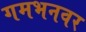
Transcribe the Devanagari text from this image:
गमभनवर